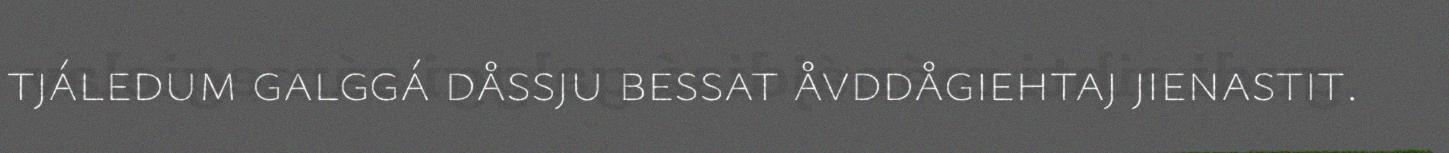
tjáledum galggá dåssju bessat åvddågiehtaj jienastit.